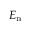
E _ { \mathrm { n } }